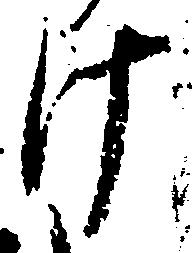
け